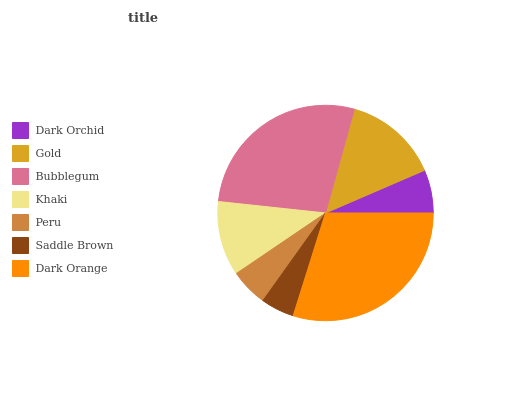
| Dark Orchid | Gold | Bubblegum | Khaki | Peru | Saddle Brown | Dark Orange |
 | --- | --- | --- | --- | --- | --- | --- |
 | 6.48% | 14.2% | 27.5% | 11.2% | 5.63% | 5.03% | 29.9% |